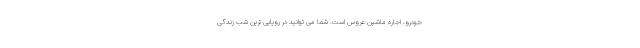
خودرو، اجاره ماشین عروس است. شما می توانید در رویایی ترین شب زندگی